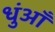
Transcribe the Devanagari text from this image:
धुंआँ